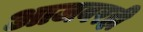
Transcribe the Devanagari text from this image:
आजवरही